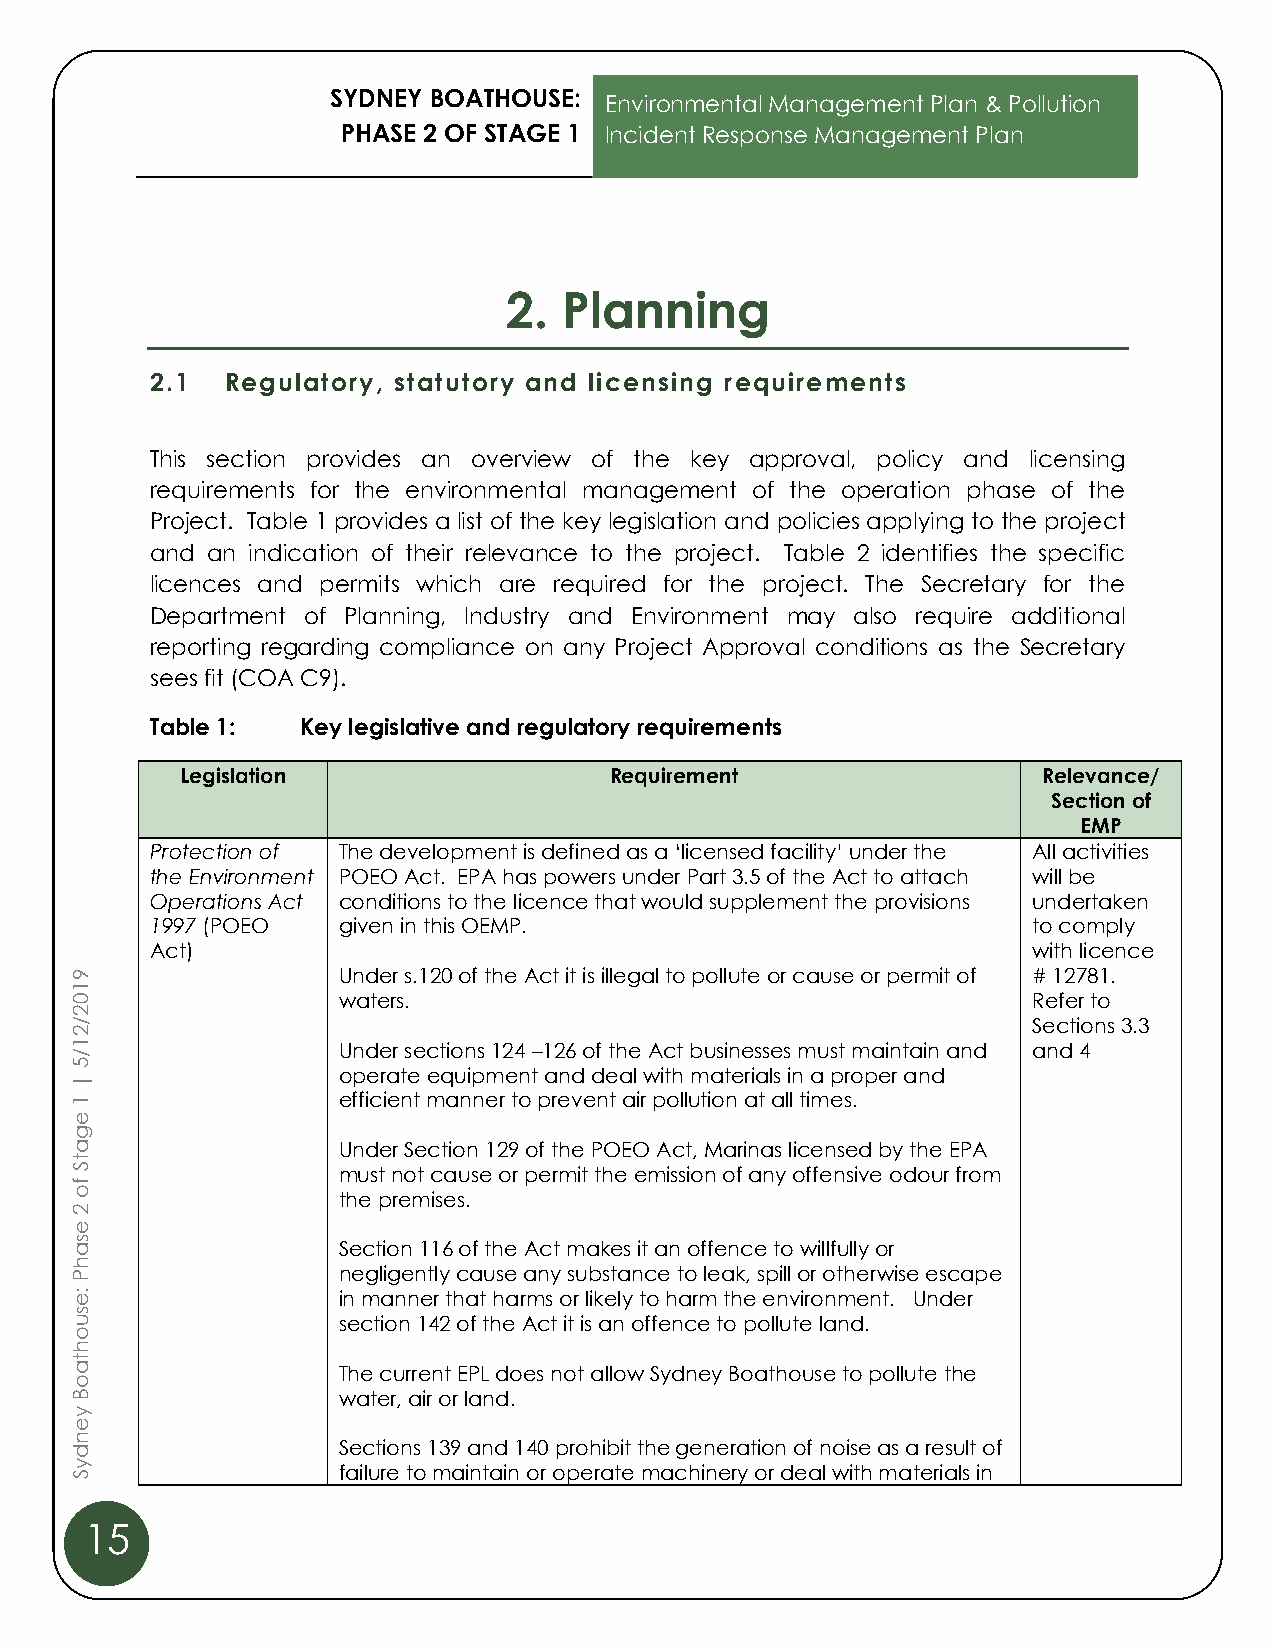
SYDNEY BOATHOUSE:
 Environmental Management Plan & Pollution
 PHASE 2 OF STAGE 1 Incident Response Management Plan
 2.  Planning
 2.1  Regulatory, statutory and licensing requirements
 This section provides an overview of the key approval, policy and licensing
 requirements for the environmental management of the operation phase of the
 Project. Table 1 provides a list of the key legislation and policies applying to the project
 and an indication of their relevance to the project. Table 2 identifies the specific
 licences and permits which are required for the project. The Secretary for the
 Department of Planning, Industry and Environment may also require additional
 reporting regarding compliance on any Project Approval conditions as the Secretary
 sees fit (COA C9).
 Table 1:  Key legislative and regulatory requirements
 Legislation                 Requirement                  Relevance/
 Section of
 EMP
 Protection of The development is defined as a ‘licensed facility’ under the All activities
 the Environment POEO Act. EPA has powers under Part 3.5 of the Act to attach will be
 Operations Act conditions to the licence that would supplement the provisions undertaken
 1997 (POEO  given in this OEMP.                           to comply
 Act)                                                      with licence
 9                Under s.120 of the Act it is illegal to pollute or cause or permit of # 12781.
 1
 0                waters.                                       Refer to
 2
 /                                                              Sections 3.3
 2
 1                Under sections 124 –126 of the Act businesses must maintain and and 4
 /
 5
 |
 operate equipment and deal with materials in a proper and
 1                efficient manner to prevent air pollution at all times.
 e
 g
 a                Under Section 129 of the POEO Act, Marinas licensed by the EPA
 t
 S
 f
 must not cause or permit the emission of any offensive odour from
 o
 the premises.
 2
 e
 s
 a                Section 116 of the Act makes it an offence to willfully or
 h
 P                negligently cause any substance to leak, spill or otherwise escape
 :e               in manner that harms or likely to harm the environment. Under
 s
 u                section 142 of the Act it is an offence to pollute land.
 o
 h
 t
 a                The current EPL does not allow Sydney Boathouse to pollute the
 o
 B                water, air or land.
 y
 e
 n
 d                Sections 139 and 140 prohibit the generation of noise as a result of
 y
 S                failure to maintain or operate machinery or deal with materials in
 15